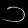
Digit: ၁